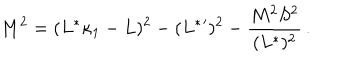
M ^ { 2 } = ( L ^ { * } \kappa _ { 1 } - L ) ^ { 2 } - ( L ^ { * } { } ^ { \prime } ) ^ { 2 } - { \frac { M ^ { 2 } S ^ { 2 } } { ( L ^ { * } ) ^ { 2 } } } \, .